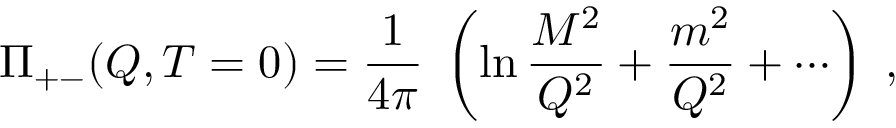
\Pi _ { + - } ( Q , T = 0 ) = \frac { 1 } { 4 \pi } \; \left( \ln \frac { M ^ { 2 } } { Q ^ { 2 } } + \frac { m ^ { 2 } } { Q ^ { 2 } } + \cdots \right) \; ,